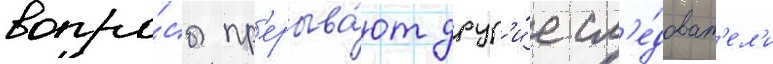
вопро́сы пр'ерыва́ют друг'и́е сл'е́доват'ел'и